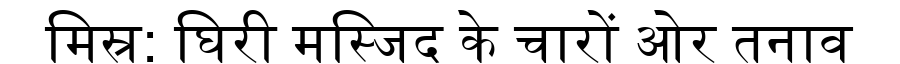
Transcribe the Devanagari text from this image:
मिस्र: घिरी मस्जिद के चारों ओर तनाव